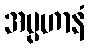
အပ္ပဟာနံ